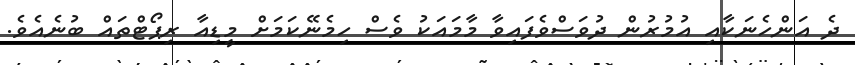
ދެ އަންހެނަކާއި އުމުރުން ދުވަސްވެފައިވާ މާމައަކު ވެސް ހިމެނޭކަމަށް މީޑިއާ ރިޕޯޓްތައް ބުނެއެވެ.